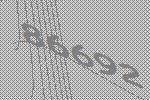
86692